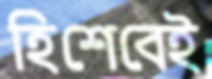
হিশেবেই